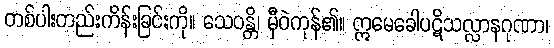
တစ်ပါးတည်းကိန်းခြင်းကို။ သေဝန္တိ၊ မှီဝဲကုန်၏။ ဣမေခေါပဋိသလ္လာနဂုဏာ၊